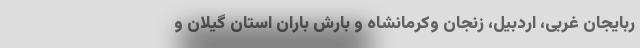
ربایجان غربی، اردبیل، زنجان وکرمانشاه و بارش باران استان گیلان و